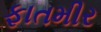
ફાતમીર